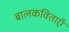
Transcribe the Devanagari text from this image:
बालकविताएँ